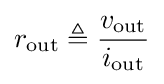
r_{\text{out}}\triangleq {\frac {v_{\text{out}}}{i_{\text{out}}}}